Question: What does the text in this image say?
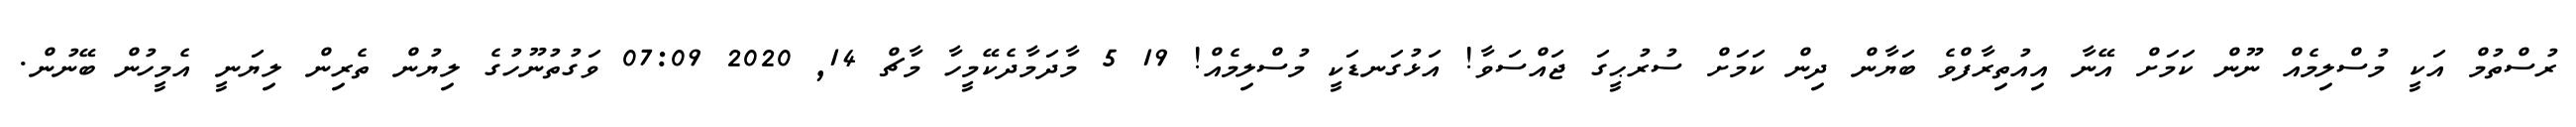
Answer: ރުސްތުމް އަކީ މުސްލިމެއް ނޫން ކަމަށް އޭނާ އިއުތިރާފްވެ ބަޔާން ދިން ކަމަށް ސުރުޙީގަ ޖައްސަވާ! އަޅުގަނޑަކީ މުސްލިމެއް! 19 5 މާދަމާދެކޭމީހާ މާޗް 14, 2020 07:09 ވަގުތުނޫހުގެ ލިޔުން ތެރިން ލިޔަނީ އެމީހުން ބޭނުން.